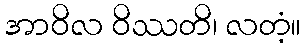
အာဝိလ ဝိဿတိ၊ လတံ့။